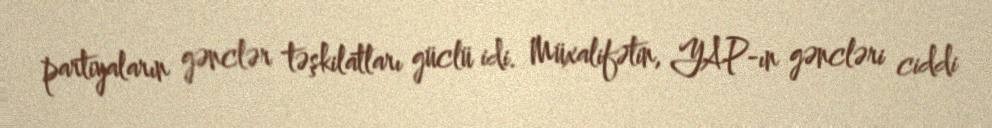
partiyaların gənclər təşkilatları güclü idi. Müxalifətin, YAP-ın gəncləri ciddi